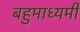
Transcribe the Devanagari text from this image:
बहुमाध्यमी